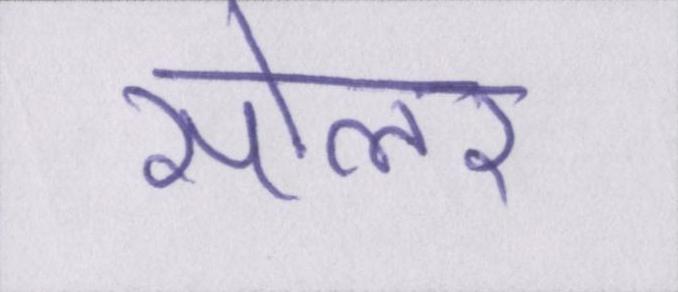
सोलर